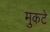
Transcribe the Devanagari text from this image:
मुकटे